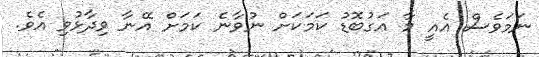
ނަމަވެސް އެއީ މާ އަގުބޮޑު ކަމަކަށް ނުވާނެ ކަމަށް އޭނާ ވިދާޅުވި އެވެ.